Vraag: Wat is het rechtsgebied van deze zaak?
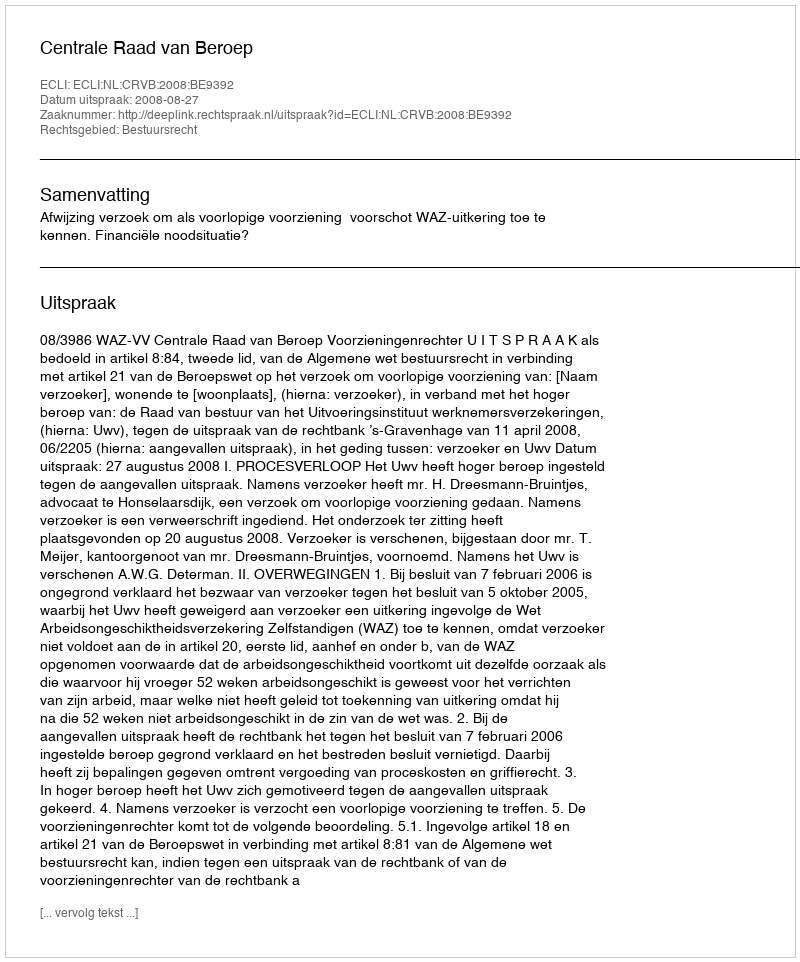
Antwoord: Bestuursrecht